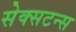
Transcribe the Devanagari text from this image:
सेक्सटन्स